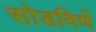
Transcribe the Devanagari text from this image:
सोडविणें